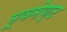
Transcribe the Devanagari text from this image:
मूवमेण्ट